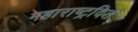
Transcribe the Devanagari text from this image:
महाराष्ट्रदिन